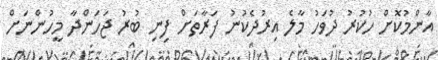
އާންމުކޮށް ހުކުރު ދުވަހު މާލެ އިރުދެކުނު ފަރާތަށް ފިނި ބުރު ޖަހަންދާ މީހުންނަށް